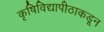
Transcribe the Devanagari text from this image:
कृषिविद्यापीठाकडून